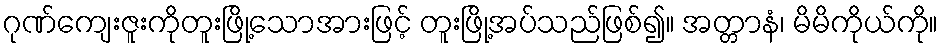
ဂုဏ်ကျေးဇူးကိုတူးဖြို့သောအားဖြင့် တူးဖြို့အပ်သည်ဖြစ်၍။ အတ္တာနံ၊ မိမိကိုယ်ကို။